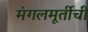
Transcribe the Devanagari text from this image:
मंगलमूर्तीची